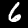
Digit: 6